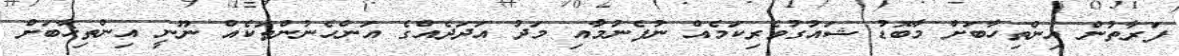
ފަރާތުން އިންތިހާބަށް މާބޮޑު ޝައުގުވެރިކަމެއް ނުފެނުމާއި މަދު އަދަދެއްގެ އަންހެނުންތަކެއް ނޫނީ އިންތިޚާބަށް